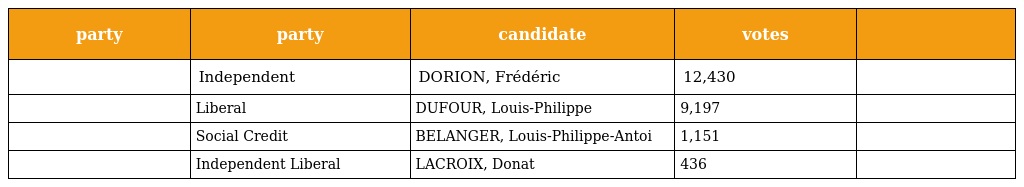
| party | party | candidate | votes |  |
 | --- | --- | --- | --- | --- |
 |  | Independent | DORION, Frédéric | 12,430 |  |
 |  | Liberal | DUFOUR, Louis-Philippe | 9,197 |  |
 |  | Social Credit | BELANGER, Louis-Philippe-Antoi | 1,151 |  |
 |  | Independent Liberal | LACROIX, Donat | 436 |  |